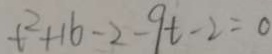
t ^ { 2 } + 1 6 - 2 - 9 t - 2 = 0